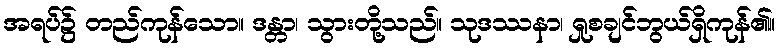
အရပ်၌ တည်ကုန်သော။ ဒန္တာ၊ သွားတို့သည်။ သုဒဿနာ၊ ရှုစချင်ဘွယ်ရှိကုန်၏။